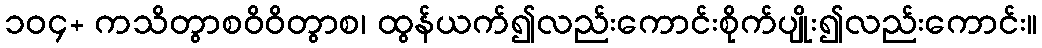
၁၀၄+ ကသိတွာစဝိဝိတွာစ၊ ထွန်ယက်၍လည်းကောင်းစိုက်ပျိုး၍လည်းကောင်း။